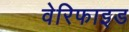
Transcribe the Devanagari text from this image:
वेरिफाइड